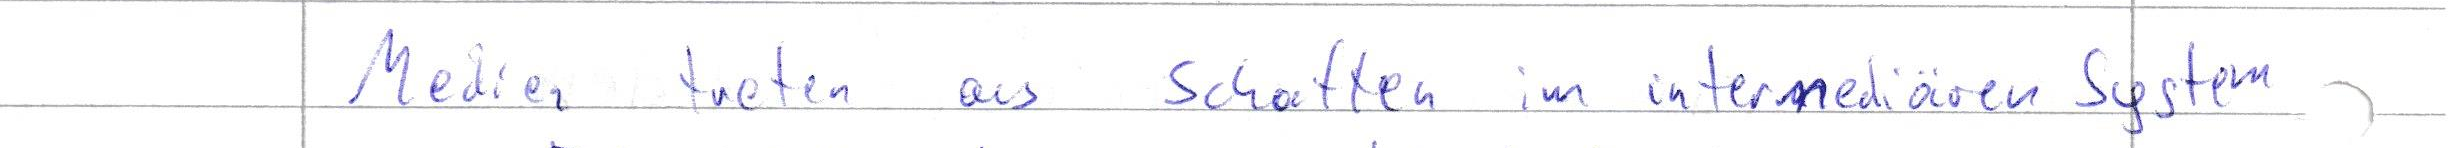
Medien treten aus Schatten im intermediären System